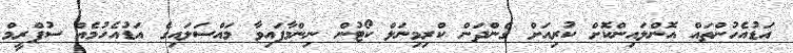
އަޑުއެހުންތައް އޮންލައިންކޮށް ކުރިއަށް ގެންދަން ކްރިމިނަލް ކޯޓުން ނިންމާފައިވާ މައްސަލައިގެ އަޑުއެހުމެއް ސުޕްރީމް